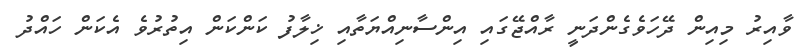
ވާއިރު މިއިން ދޭހަވެގެންދަނީ ރާއްޖޭގައި އިންސާނިއްޔަތާއި ޚިލާފު ކަންކަން އިތުރުވެ އެކަން ހައްދު